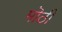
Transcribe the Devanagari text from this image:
मॊठी